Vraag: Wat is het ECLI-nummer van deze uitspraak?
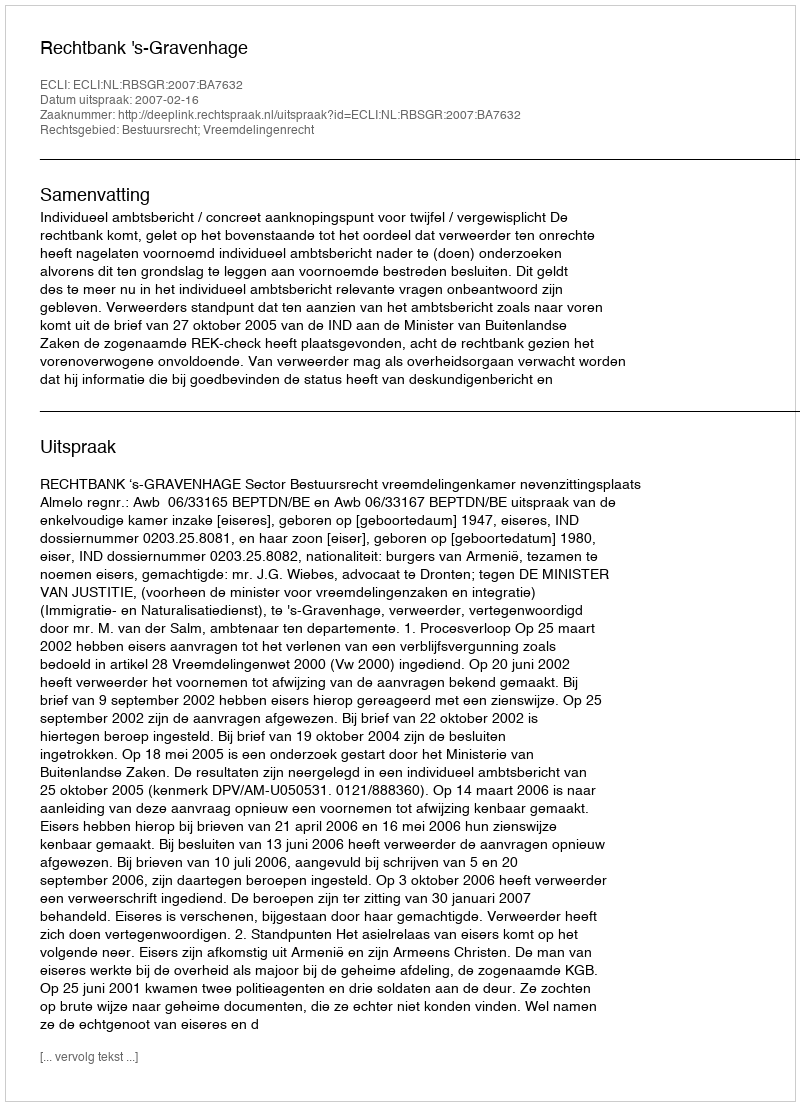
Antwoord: ECLI:NL:RBSGR:2007:BA7632